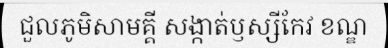
ជួលភូមិសាមគ្គី សង្កាត់ឫស្សីកែវ ខណ្ឌ